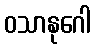
ဝသာနုဂေါ